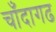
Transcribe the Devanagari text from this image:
चाँदागढ